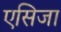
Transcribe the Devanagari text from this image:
एसिजा